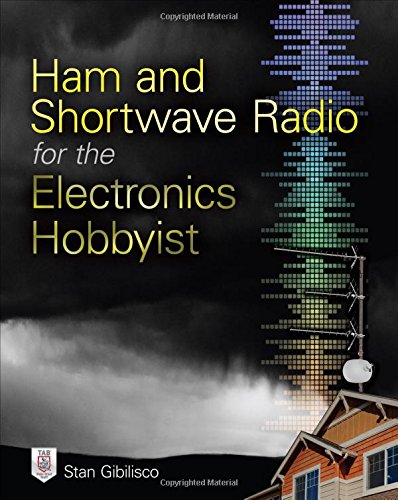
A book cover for Ham and Shortwave Radio for the Electronics Hobbyist; Stan Gibilisco; Crafts, Hobbies & Home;